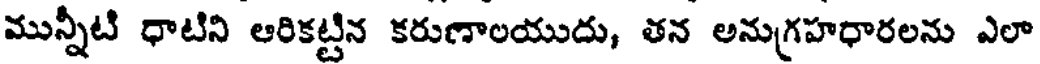
మున్నీటి ధాటిని ఆరికట్టిన కరుణాలయుదు, తన అనుగ్రహధారలను ఎలా